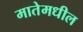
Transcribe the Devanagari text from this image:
मातेमधील